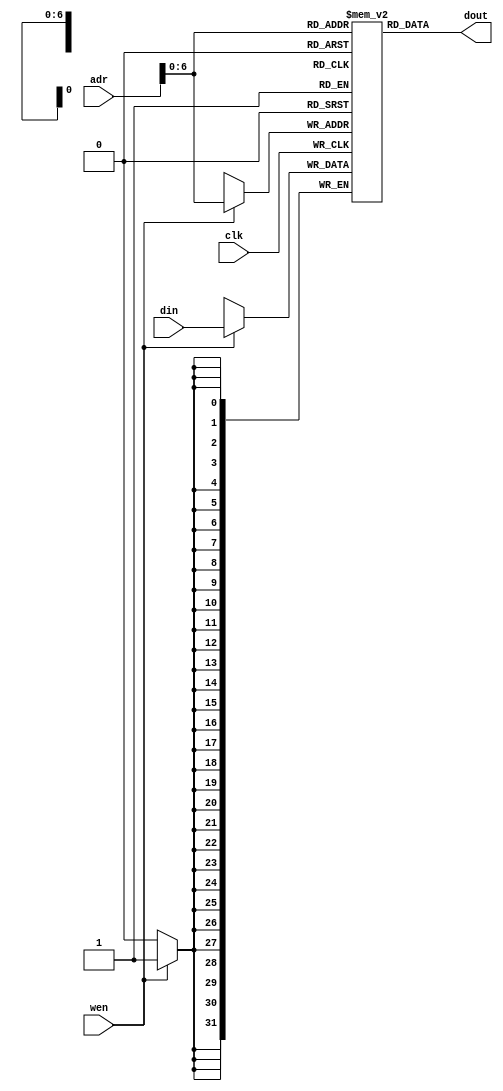
`timescale 1ns/1ns

module ram(clk,wen,adr,din,dout);

parameter depth =128;
parameter bits = 32;
parameter width = 32;

input clk, wen;
input [bits-1:0] adr;
input [width-1:0] din;

output [width-1:0] dout;

reg [width-1:0] Dmem [depth-1:0];
    
assign dout = Dmem[adr];
    
always @ (posedge clk) begin
	
    if (wen) 
	Dmem[adr] <= din;
		 
end

endmodule